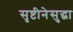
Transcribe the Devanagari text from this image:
सृष्टीनेसुद्धा